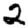
Digit: 2